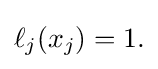
{\textstyle \ell _{j}(x_{j})=1.}